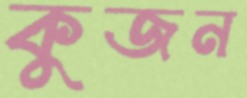
কুজন